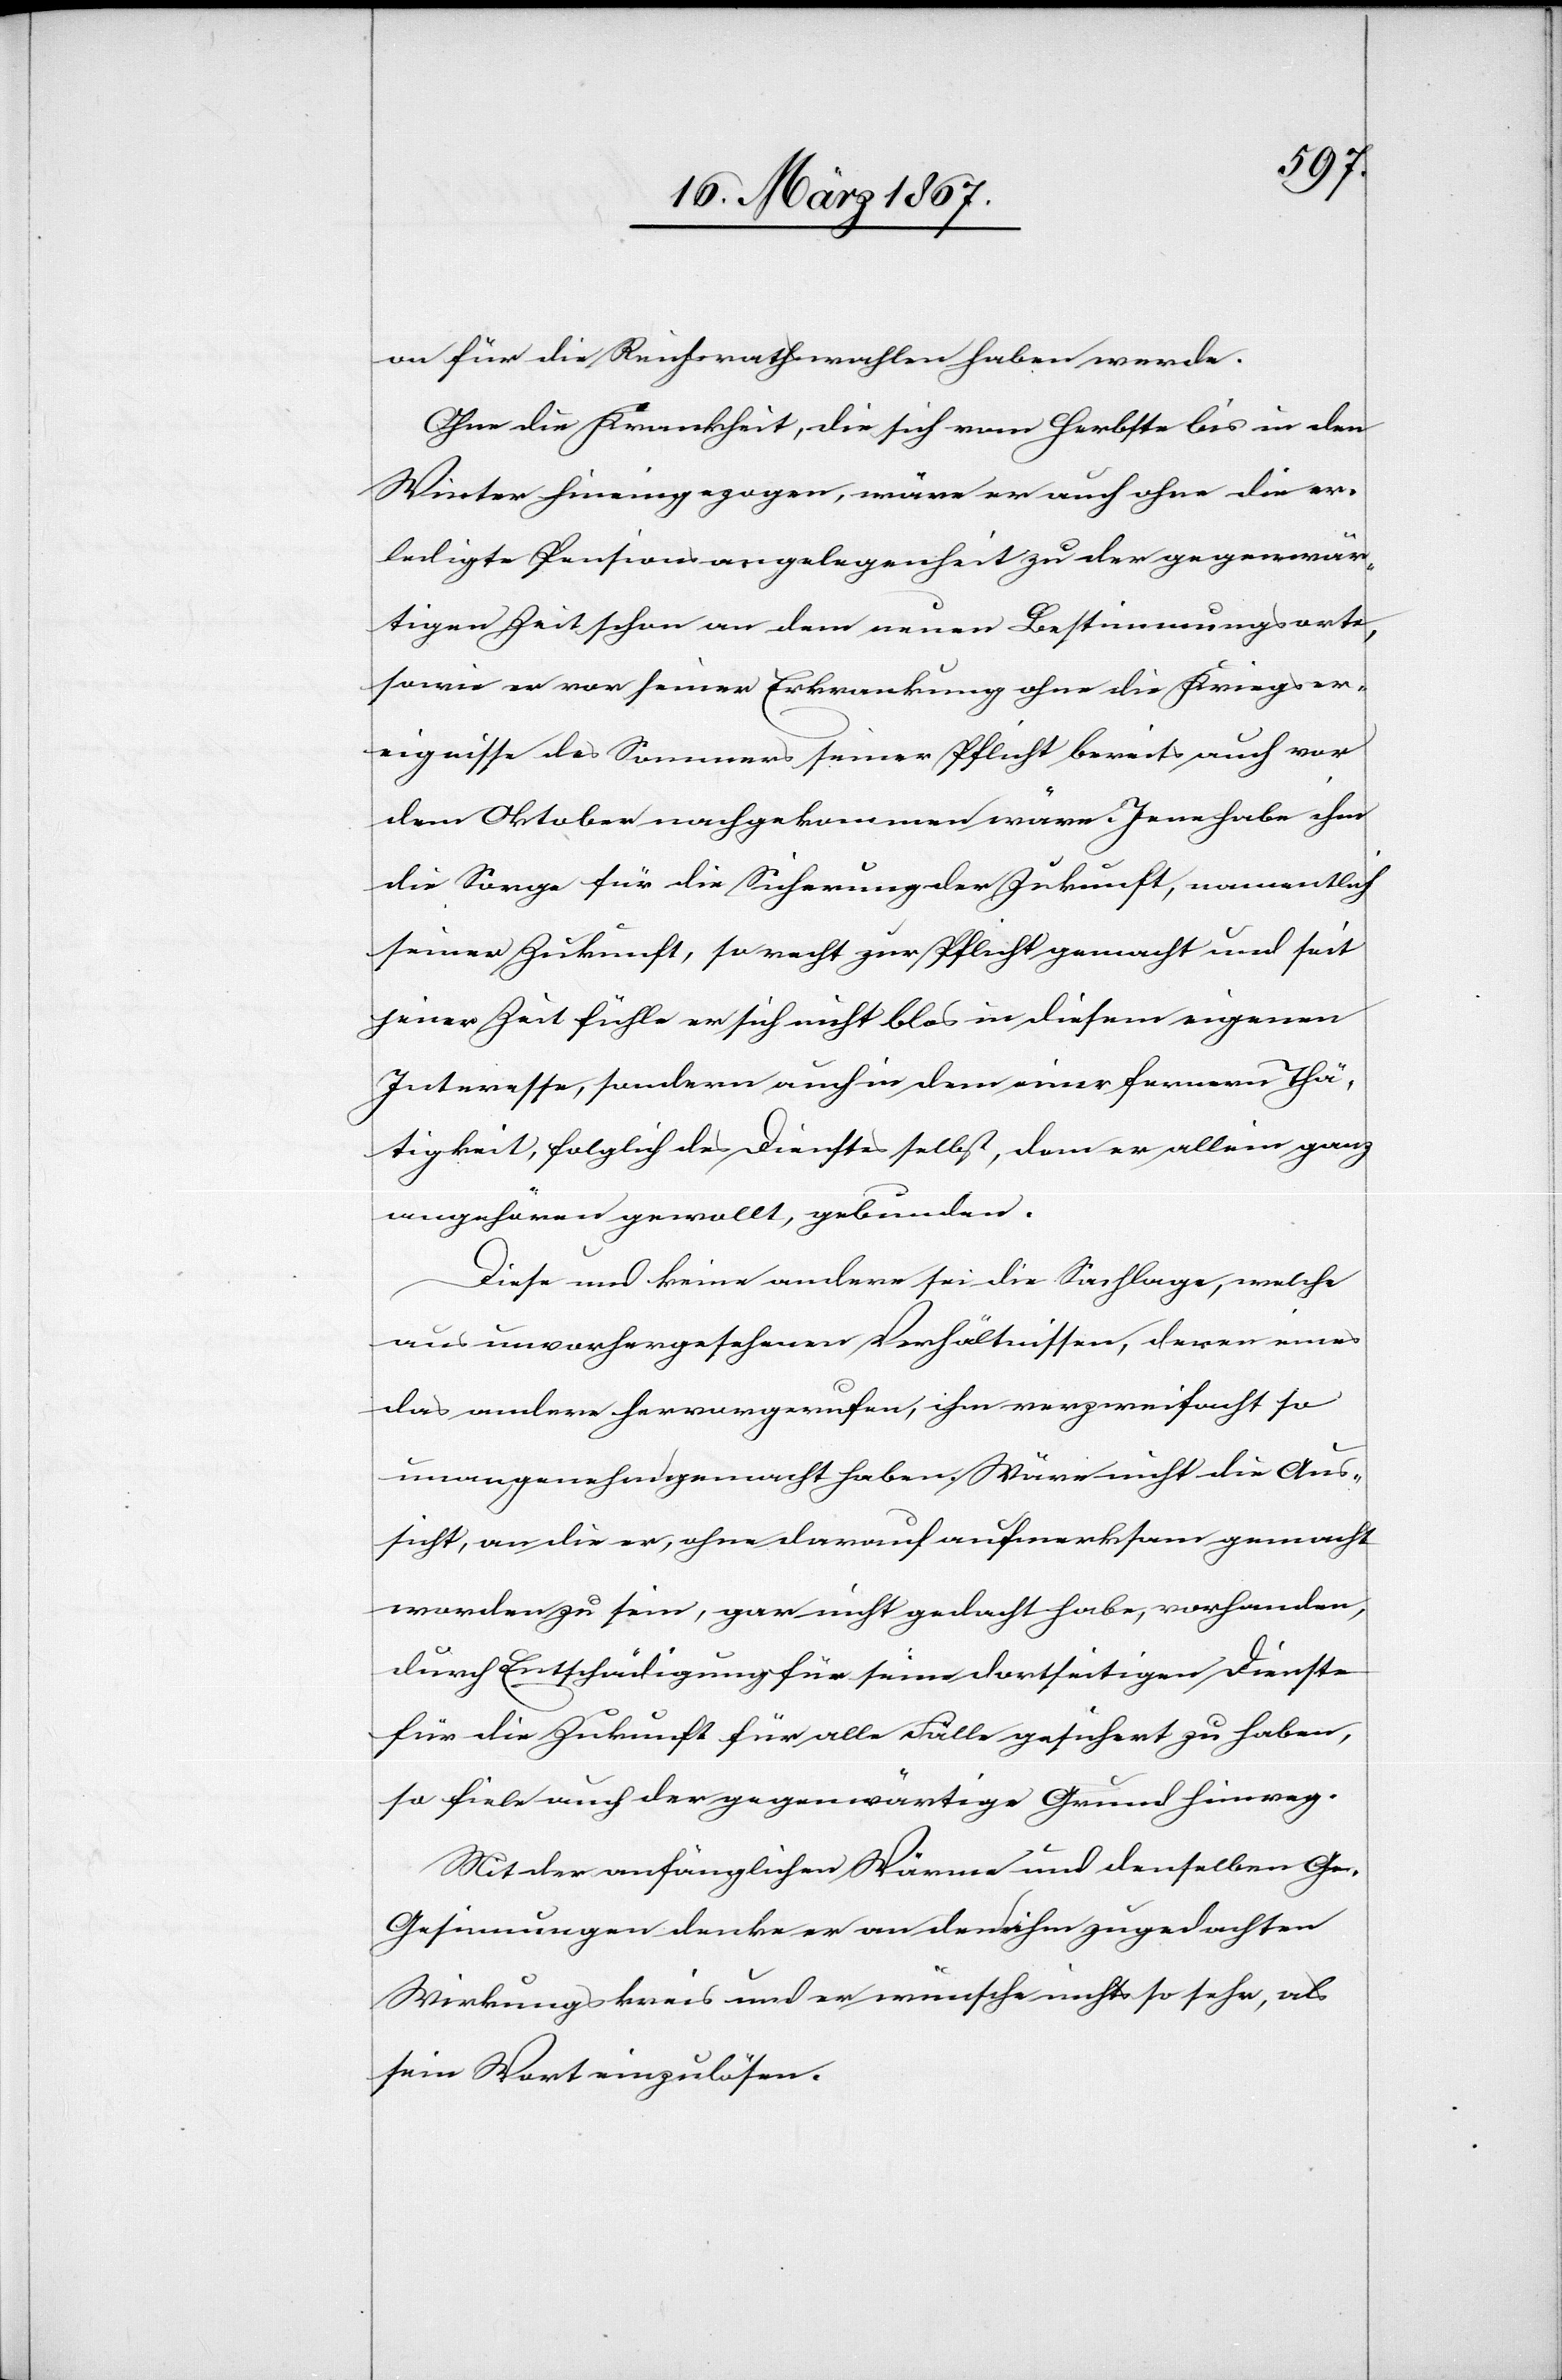
on für die Reichsrathswahlen haben werde.
Ohne die Krankheit, die sich vom Herbste bis in den
Winter hineingezogen, wäre er auch ohne die er¬
ledigte Pensionsangelegenheit zu der gegenwär¬
tigen Zeit schon an dem neuen Bestimmungsorte,
sowie er vor seiner Erkrankung ohne die Kriegser¬
eignisse des Sommers seiner Pflicht bereits auch vor
dem Oktober nachgekommen wäre. Jene habe ihm
die Sorge für die Sicherung der Zukunft, namentlich
seiner Zukunft, so recht zur Pflicht gemacht und seit
jener Zeit fühle er sich nicht blos in diesem eigenen
Interesse, sondern auch in dem einer fernern Thä¬
tigkeit, folglich des Dienstes selbst, dem er allein ganz
angehören gewollt, gebunden.
Diese und keine andere sei die Sachlage, welche
aus unvorhergesehenen Verhältnissen, deren eines
das andere hervorgerufen, ihm verzweifacht so
unangenehm gemacht haben. Wäre nicht die Aus¬
sicht, an die er, ohne darauf aufmerksam gemacht
worden zu sein, gar nicht gedacht habe, vorhanden,
durch Entschädigung für seine dortseitigen Dienste
für die Zukunft für alle Fälle gesichert zu haben,
so fiele auch der gegenwärtige Grund hinweg.
Mit der anfänglichen Wärme und denselben Ge-
Gesinnungen denke er an den ihm zugedachten
Wirkungskreis und er wünsche nichts so sehr, als
sein Wort einzulösen.